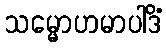
သမ္မောဟမာပါဒိံ